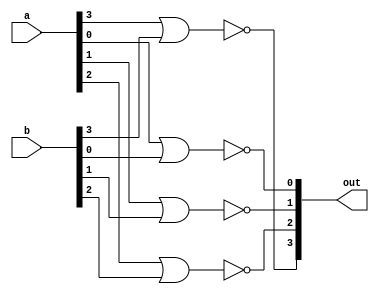
module four_nor(a, b, out);

input [3:0]a;
input [3:0]b;
output [3:0]out;

nor zero(out[0], a[0], b[0]);
nor one(out[1], a[1], b[1]);
nor two(out[2], a[2], b[2]);
nor three(out[3], a[3], b[3]);

endmodule